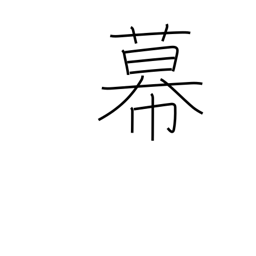
Meaning: bunting